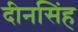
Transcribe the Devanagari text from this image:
दीनसिंह